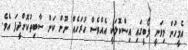
އެމީހުން މިވަނީ ލޯބީގައި އިސްކޮޅަކީ އެއްވެސް ހުރަހެއް ނޫން ކަން ސާބިތުކޮށްދީފަ އެވެ.